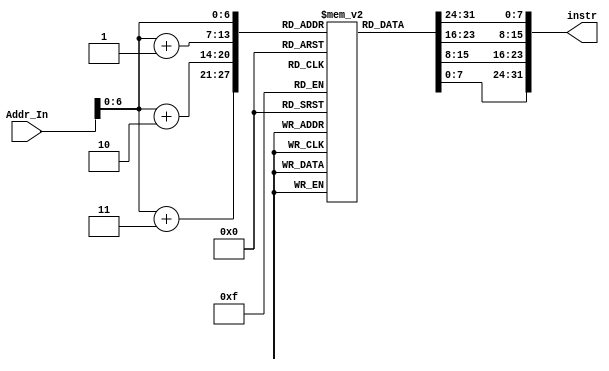
/*
 * Macro of size declaration of instruction memory
 * CAUTION: DONT MODIFY THE NAME AND VALUE.
 */
`define INSTR_MEM_SIZE	128	// Bytes

module IM(
	// Outputs
	output reg [31:0] instr,
	// Inputs
	input [31:0] Addr_In
);
	integer   A_1=0,
			  A_2=0,
			  A_3=0;
	/* 
	 * Declaration of instruction memory.
	 * CAUTION: DONT MODIFY THE NAME AND SIZE.
	 */
	
	reg [7:0]InstrMem[0:`INSTR_MEM_SIZE - 1];
	always @(Addr_In) begin	//when address assigned find instrcution
		//in MIPS memory are arrange in big endian
		A_1=Addr_In+1;	
	  	A_2=Addr_In+2;
		A_3=Addr_In+3;
		instr[31:0]={InstrMem[Addr_In],InstrMem[A_1],InstrMem[A_2],InstrMem[A_3]};
		//32 bit instrucation store in 4 register
	end

endmodule